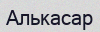
Алькасар